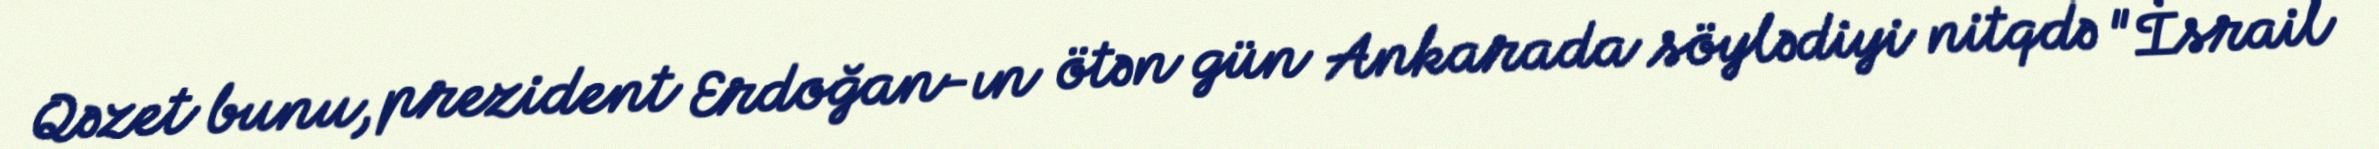
Qəzet bunu, prezident Erdoğan-ın ötən gün Ankarada söylədiyi nitqdə "İsrail